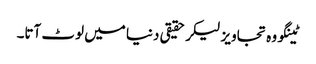
ٹینگو وہ تجاویز لیکر حقیقی دنیا میں لوٹ آتا۔